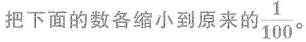
把下面的数各缩小到原来的\frac{1}{100}$$。